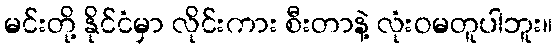
မင်းတို့ နိုင်ငံမှာ လိုင်းကား စီးတာနဲ့ လုံးဝမတူပါဘူး။